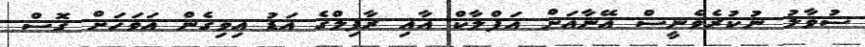
ސުވާލު ނުކުރެވެނީސް އޭނާއަށް އަފްލާކް އާއި ރާފިލްގެ އަޑު އިވިގެން އަވަހަށް ގޮސް